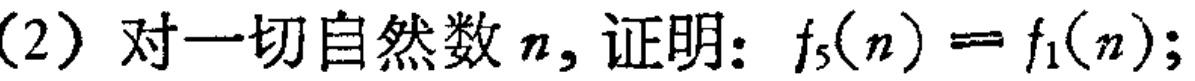
(2) 对一切自然数 \(n\)，证明：\(f_{5}(n)=f_{1}(n)\);